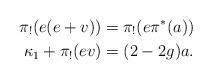
LaTeX: \begin{align*}\pi_!(e(e+v))&= \pi_!(e\pi^*(a))\\\kappa_1+\pi_!(ev)&= (2-2g)a.\end{align*}